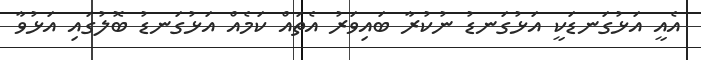
އެއީ އަޅުގަނޑަކީ އަޅުގަނޑު ނުކުރާ ބައިވަރު އެތައް ކަމެއް އަޅުގަނޑު ބޮލުގައި އަޅުވާ